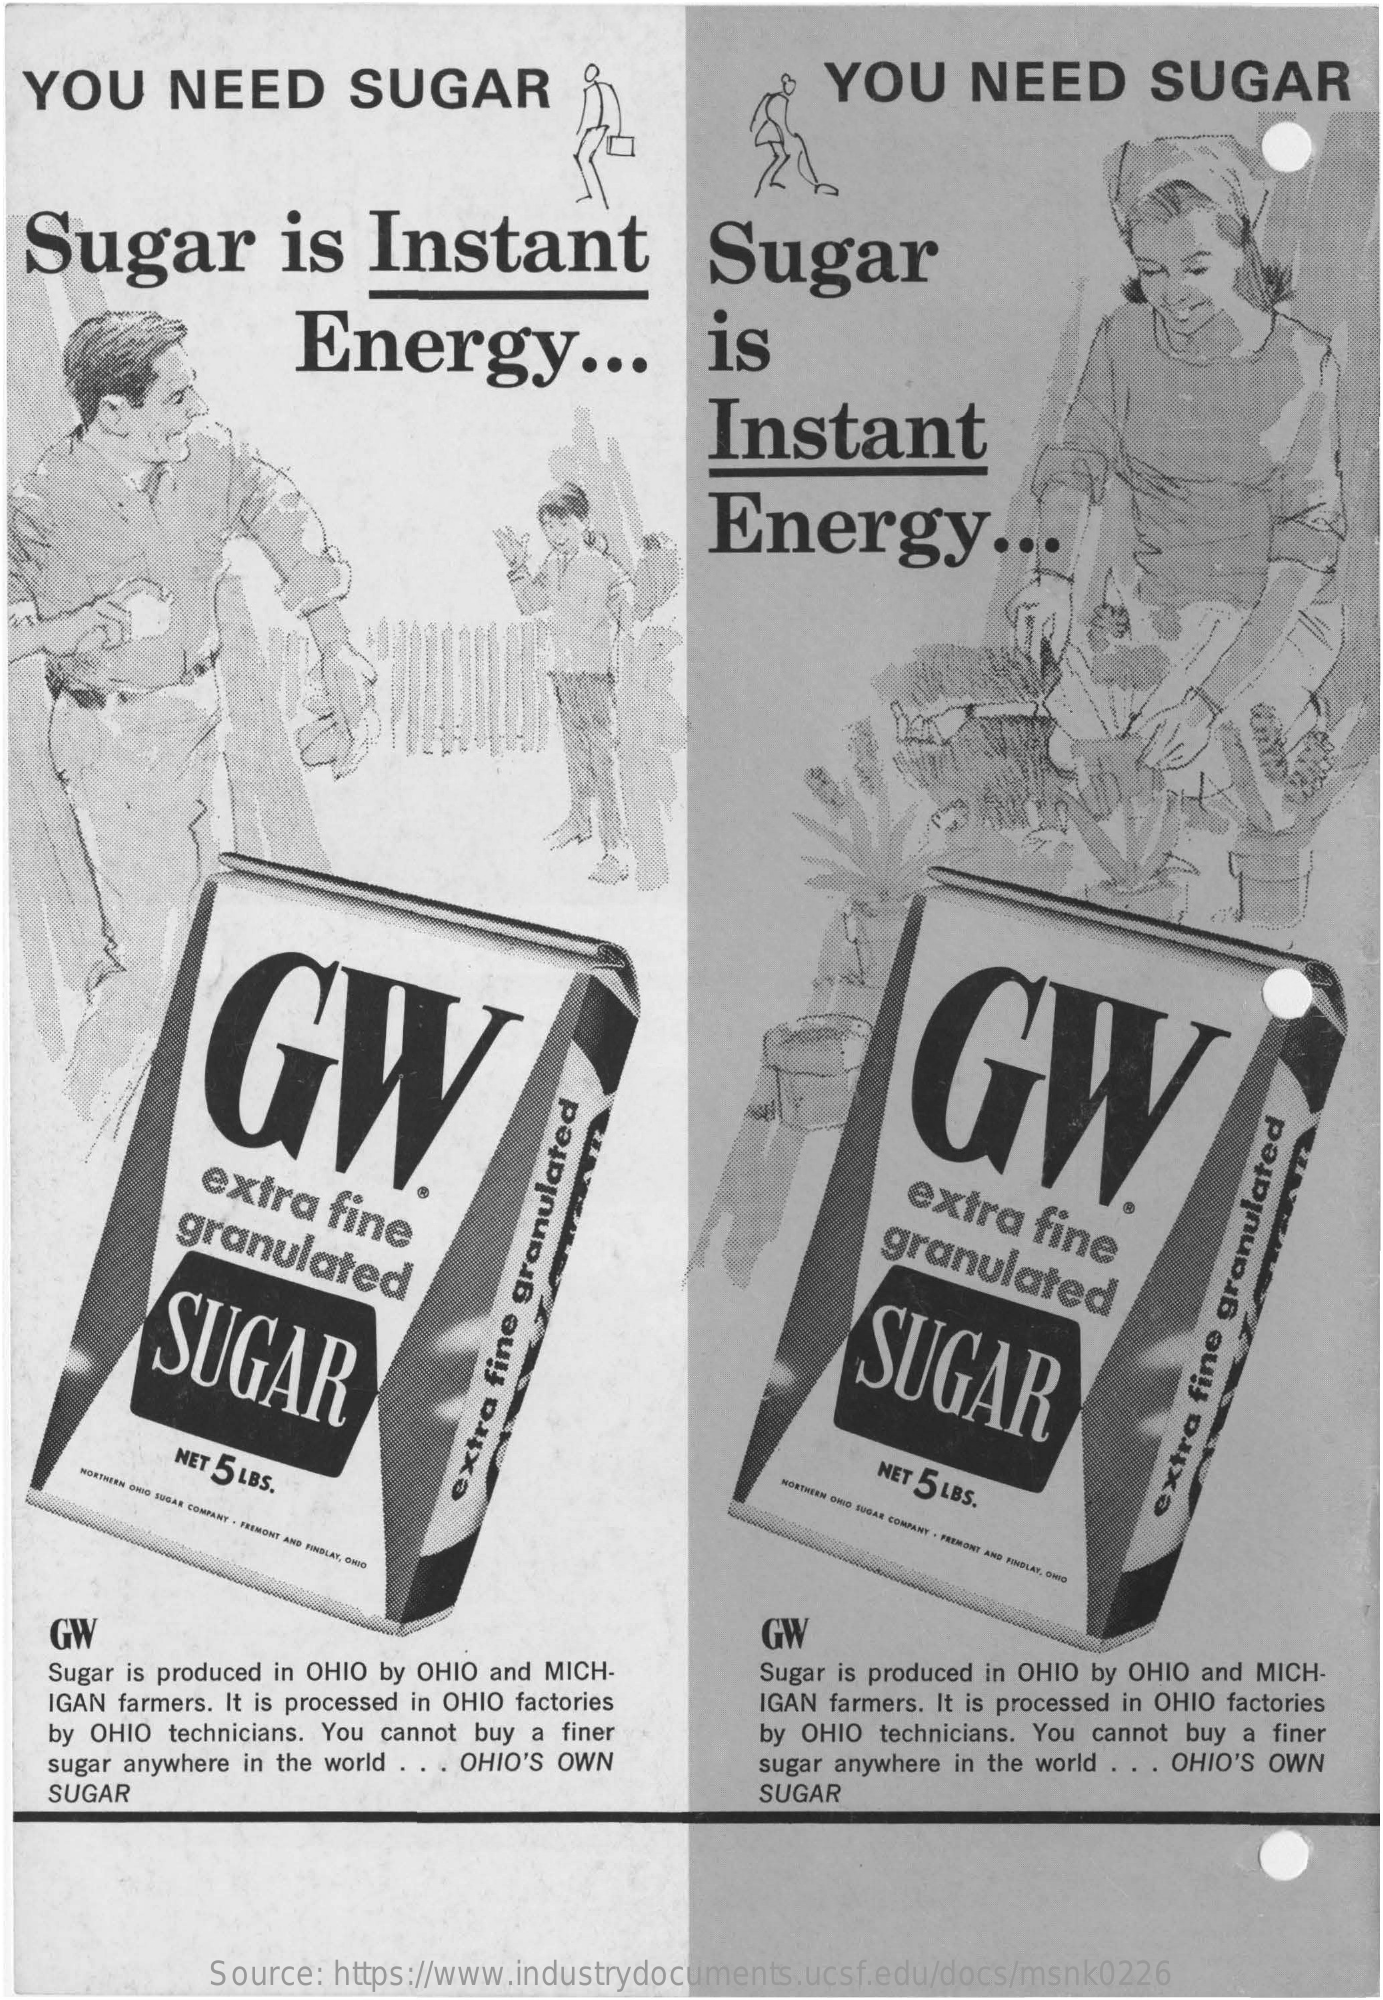
YOU    NEED    SUGAR    YOU    NEED    SUGAR
  Sugar    is   Instant    Sugar
     Energy    ...    is
     Instant
     Energy    ...
     GW    GW.
     extra  fine
     granulated
     extra  fine granulated
     SUGAR    SUGAR
     NET 5 LBS.    NET 5 LBS. NOFINEEN
     OND
     SUGAR
     COMPANY
     -
     PREMONT
     AND
     NUDLAS,
     ONIO
     extra
     fine
     granulated
     extra
     fine
     granulated
   GW    GW
   Sugar is produced in OHIO by OHIO and MICH-  Sugar is produced in OHIO by OHIO and MICH-
   IGAN farmers. It is processed in OHIO factories IGAN farmers. It is processed in OHIO factories
   by OHIO technicians. You cannot buy a finer  by OHIO technicians. You cannot buy a finer
   sugar anywhere in the world . . . OHIO'S OWN sugar anywhere in the world . . . OHIO'S OWN
   SUGAR    SUGAR
     Source: https://www.industrydocuments.ucsf.edu/docs/msnk0226